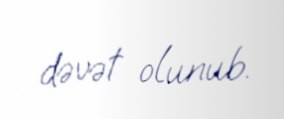
dəvət olunub.